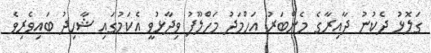
ގަލޮޅު ދެކުނު ދާއިރާގެ މެންބަރު އަހްމަދު މަހްލޫފު ވިދާޅުވީ އެކަމުގައި ޝާހިދު ބައިވެރިވެ